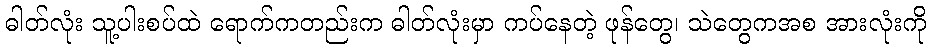
ဓါတ်လုံး သူ့ပါးစပ်ထဲ ရောက်ကတည်းက ဓါတ်လုံးမှာ ကပ်နေတဲ့ ဖုန်တွေ၊ သဲတွေကအစ အားလုံးကို